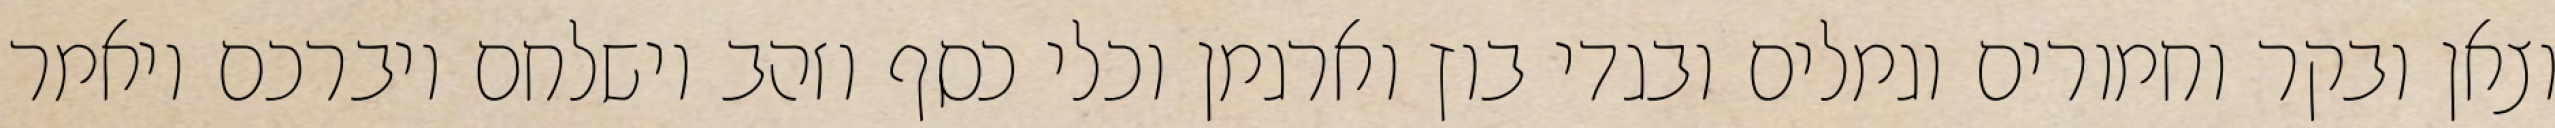
וצאן ובקר וחמורים וגמלים ובגדי בוץ וארגמן וכלי כסף וזהב וישלחם ויברכם ויאמר